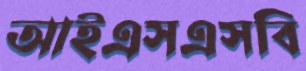
আইএসএসবি